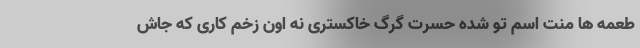
طعمه ها منتِ اسم تو شده حسرتِ گرگ خاکستری نه اون زخمِ کاری که جاش